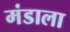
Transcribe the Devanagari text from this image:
मंडाला